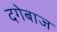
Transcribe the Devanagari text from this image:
दगेबाज